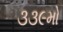
૩૩૯મો